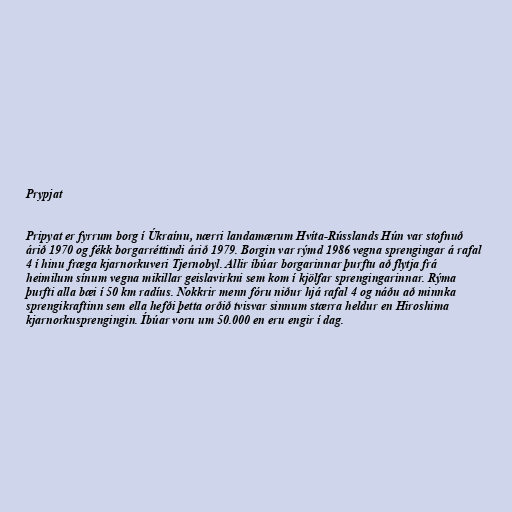
Prypjat

Pripyat er fyrrum borg í Úkraínu, nærri landamærum Hvíta-Rússlands Hún var stofnuð
árið 1970 og fékk borgarréttindi árið 1979. Borgin var rýmd 1986 vegna sprengingar á rafal
4 í hinu fræga kjarnorkuveri Tjernobyl. Allir íbúar borgarinnar þurftu að flytja frá
heimilum sínum vegna mikillar geislavirkni sem kom í kjölfar sprengingarinnar. Rýma
þurfti alla bæi í 50 km radíus. Nokkrir menn fóru niður hjá rafal 4 og náðu að minnka
sprengikraftinn sem ella hefði þetta orðið tvisvar sinnum stærra heldur en Hiroshima
kjarnorkusprengingin. Íbúar voru um 50.000 en eru engir í dag.